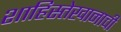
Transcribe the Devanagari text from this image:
शाहिस्तेखानाची